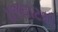
રાજઘાટથી